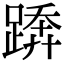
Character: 𨃦